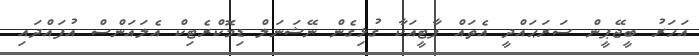
އަހަރު ބީޖޭޕީން ސަރަޙައްދީ އެތައް ޕާޓީއަކާ ގުޅިގެން ނޭޝަނަލް ޑިމޮކްރެޓިކް އެލައަންސް އުފައްދައި